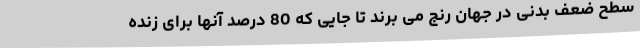
سطح ضعف بدنی در جهان رنج می برند تا جایی که 80 درصد آنها برای زنده